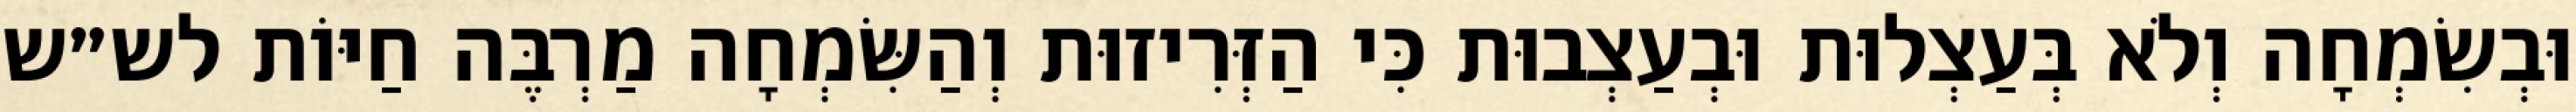
וּבְשִׂמְחָה וְלֹא בְּעַצְלוּת וּבְעַצְבוּת כִּי הַזְּרִיזוּת וְהַשִּׂמְחָה מַרְבֶּה חַיּוֹת לש״ש